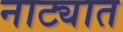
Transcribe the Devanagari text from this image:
नाट्यात